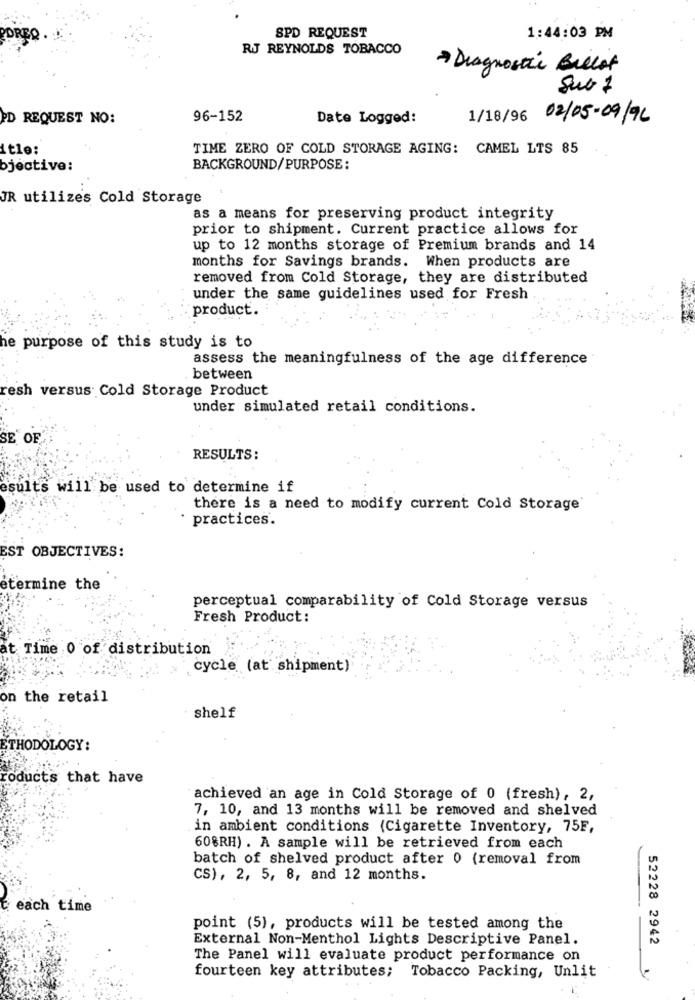
SPD REQUEST
PDREQ
1:44:03 PM
RJ REYNOLDS TOBACCO
Diagnostic Ballot
Sur 7
PD REQUEST NO:
96-152
Date Logged:
1/18/96 02/05-09/96
itle:
TIME ZERO OF COLD STORAGE AGING: CAMEL LTS 85
bjective:
BACKGROUND/PURPOSE:
JR utilizes Cold Storage
as a means for preserving product integrity
prior to shipment. Current practice allows for
up to 12 months storage of Premium brands and 14
months for Savings brands. When products are
removed from Cold Storage, they are distributed
under the same guidelines used for Fresh
product.
he purpose of this study is to
assess the meaningfulness of the age difference
between
resh versus Cold Storage Product
under simulated retail conditions.
SE" OF
RESULTS:
esults will be used to determine if
there is a need to modify current Cold Storage
practices.
EST OBJECTIVES:
etermine the
perceptual comparability of Cold Storage versus
Fresh Product:
at Time 0 of distribution
cycle (at shipment)
on the retail
shelf
ETHODOLOGY:
roducts that have
achieved an age in Cold Storage of 0 (fresh), 2,
7, 10, and 13 months will be removed and shelved
in ambient conditions (Cigarette Inventory, 75F,
60%RH) . A sample will be retrieved from each
batch of shelved product after 0 (removal from
CS), 2, 5, 8, and 12 months.
c each time
point (5), products will be tested among the
External Non-Menthol Lights Descriptive Panel.
52228 2942
The Panel will evaluate product performance on
fourteen key attributes; Tobacco Packing, Unlit